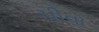
પીવા